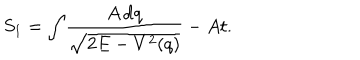
LaTeX: S _ { 1 } = \int \! \frac { A \, \mathrm { d } q } { \sqrt { 2 E - V ^ { 2 } ( q ) } } - A t .